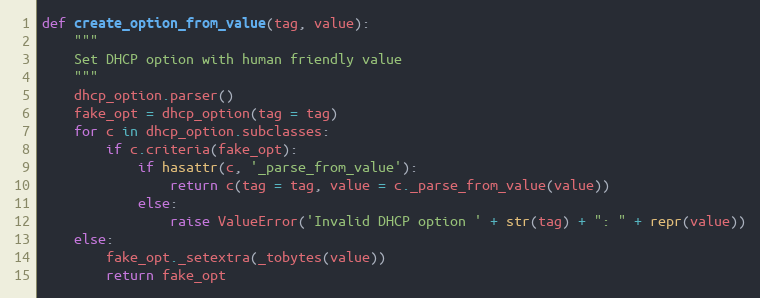
Language: Python
def create_option_from_value(tag, value):
    """
    Set DHCP option with human friendly value
    """
    dhcp_option.parser()
    fake_opt = dhcp_option(tag = tag)
    for c in dhcp_option.subclasses:
        if c.criteria(fake_opt):
            if hasattr(c, '_parse_from_value'):
                return c(tag = tag, value = c._parse_from_value(value))
            else:
                raise ValueError('Invalid DHCP option ' + str(tag) + ": " + repr(value))
    else:
        fake_opt._setextra(_tobytes(value))
        return fake_opt